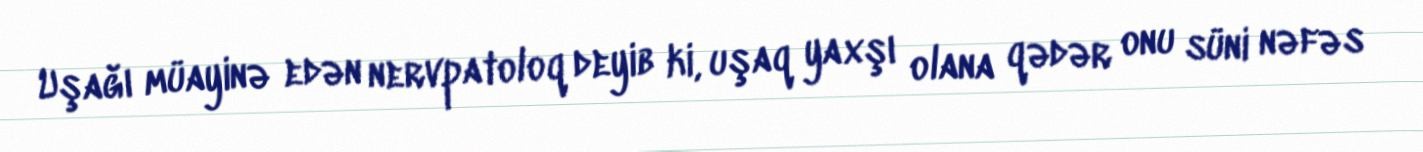
Uşağı müayinə edən nervpatoloq deyib ki, uşaq yaxşı olana qədər onu süni nəfəs